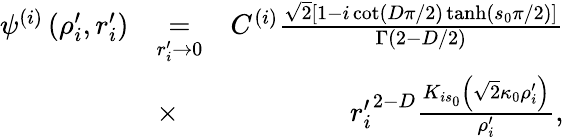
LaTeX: \begin{array}{rlr}{\psi^{(i)}\left(\rho_{i}^{\prime},r_{i}^{\prime}\right)}&{\underset{r_{i}^{\prime}\to 0}{=}}&{C^{(i)}\frac{\sqrt{2}\left[1-i\cot\left(D\pi/2\right)\operatorname{tanh}\left(s_{0}\pi/2\right)\right]}{\Gamma\left(2-D/2\right)}}\\ &{\times}&{\ {r_{i}^{\prime}}^{2-D}\frac{K_{is_{0}}\left(\sqrt{2}\kappa_{0}\rho_{i}^{\prime}\right)}{\rho_{i}^{\prime}},}\end{array}